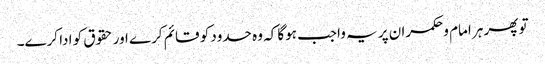
تو پھر ہر امام وحکمران پر یہ واجب ہوگا کہ وہ حدود کو قائم کرے اور حقوق کو ادا کرے۔